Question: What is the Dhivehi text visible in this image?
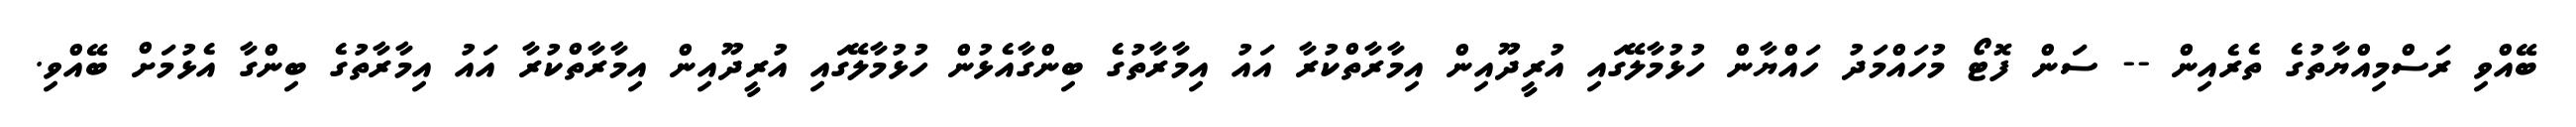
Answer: ބޭއްވި ރަސްމިއްޔާތުގެ ތެރެއިން -- ސަން ފޮޓޯ މުހައްމަދު ހައްޔާން ހުޅުމާލޭގައި އުރީދޫއިން އިމާރާތްކުރާ އައު އިމާރާތުގެ ބިންގާއެޅުން ހުޅުމާލޭގައި އުރީދޫއިން އިމާރާތްކުރާ އައު އިމާރާތުގެ ބިންގާ އެޅުމަށް ބޭއްވި.